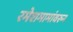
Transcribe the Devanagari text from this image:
रमेशमामांवरून